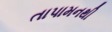
તાપામનથી